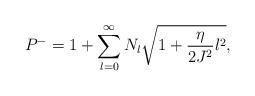
LaTeX: \begin{align*}P^-=1+\sum_{l=0}^\infty N_l\sqrt{1+\frac{\eta}{2J^2}l^2},\end{align*}